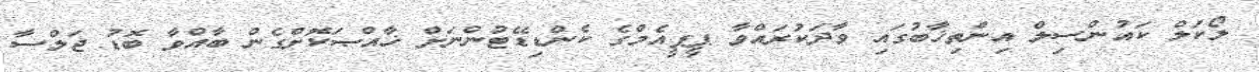
ލޯކަލް ކައުންސިލް އިންތިޚާބުގައި ވާދަކުރައްވާ ޕީޕީއެމްގެ ކެންޑިޑޭޓުންނަށް ޚާއްޞަކޮށްގެން ބާއްވާ ބޮޑު ޖަލްސާ